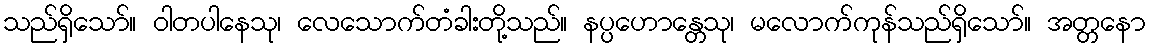
သည်ရှိသော်။ ဝါတပါနေသု၊ လေသောက်တံခါးတို့သည်။ နပ္ပဟောန္တေသု၊ မလောက်ကုန်သည်ရှိသော်။ အတ္တနော